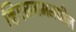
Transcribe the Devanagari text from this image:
व्हिएतनाममधील